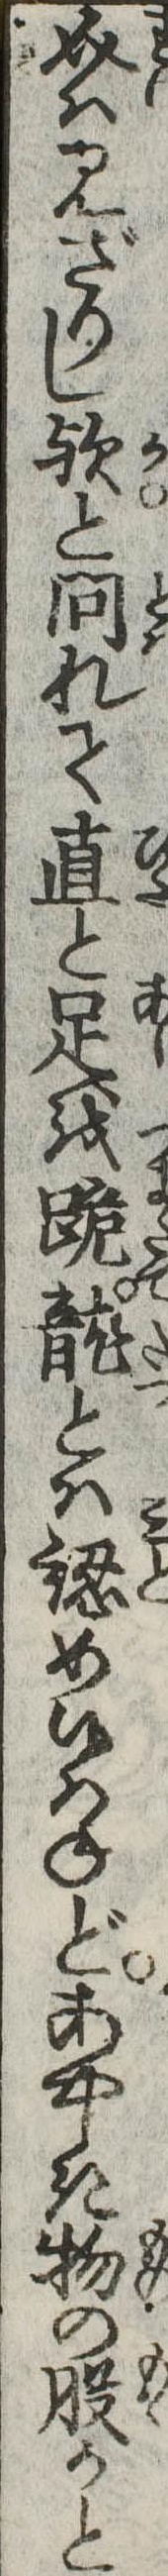
介は見ざりし歟と問れて直と足を跪竜とは認め候はねどあやしき物の股かと